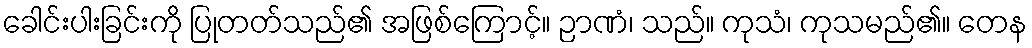
ခေါင်းပါးခြင်းကို ပြုတတ်သည်၏ အဖြစ်ကြောင့်။ ဉာဏံ၊ သည်။ ကုသံ၊ ကုသမည်၏။ တေန